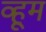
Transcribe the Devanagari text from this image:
व्हूम